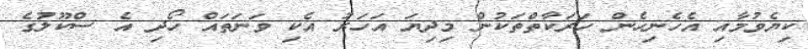
ކިޔެވުމާއި އެހެނިހެން ހަރަކާތްތަކުން މިދިޔަ އަހަރު އެކި ވަނަތައް ހޯދި އެ ސްކޫލުގެ